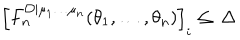
\left[ F _ { n } ^ { \mathcal { O } | \mu _ { 1 } \ldots \mu _ { n } } ( \theta _ { 1 } , \ldots , \theta _ { n } ) \right] _ { i } \leq \, \Delta